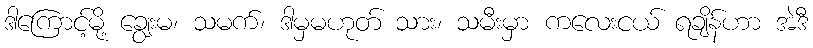
ဒါကြောင့်မို့ ချွေးမ၊ သမက်၊ ဒါမှမဟုတ် သား၊ သမီးမှာ ကလေးငယ် ရချိန်ဟာ အဲဒီ